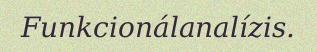
Funkcionálanalízis.